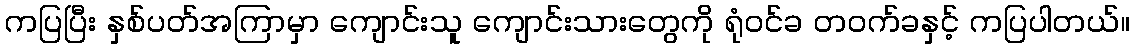
ကပြပြီး နှစ်ပတ်အကြာမှာ ကျောင်းသူ ကျောင်းသားတွေကို ရုံဝင်ခ တဝက်ခနှင့် ကပြပါတယ်။